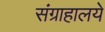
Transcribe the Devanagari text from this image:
संग्राहालये